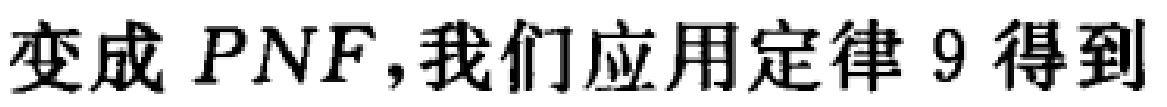
变成 \(PNF\)，我们应用定律 9 得到